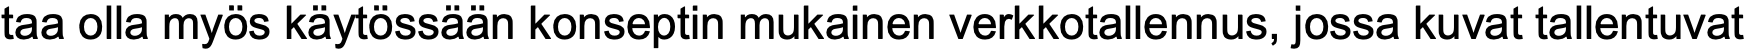
taa olla myös käytössään konseptin mukainen verkkotallennus, jossa kuvat tallentuvat